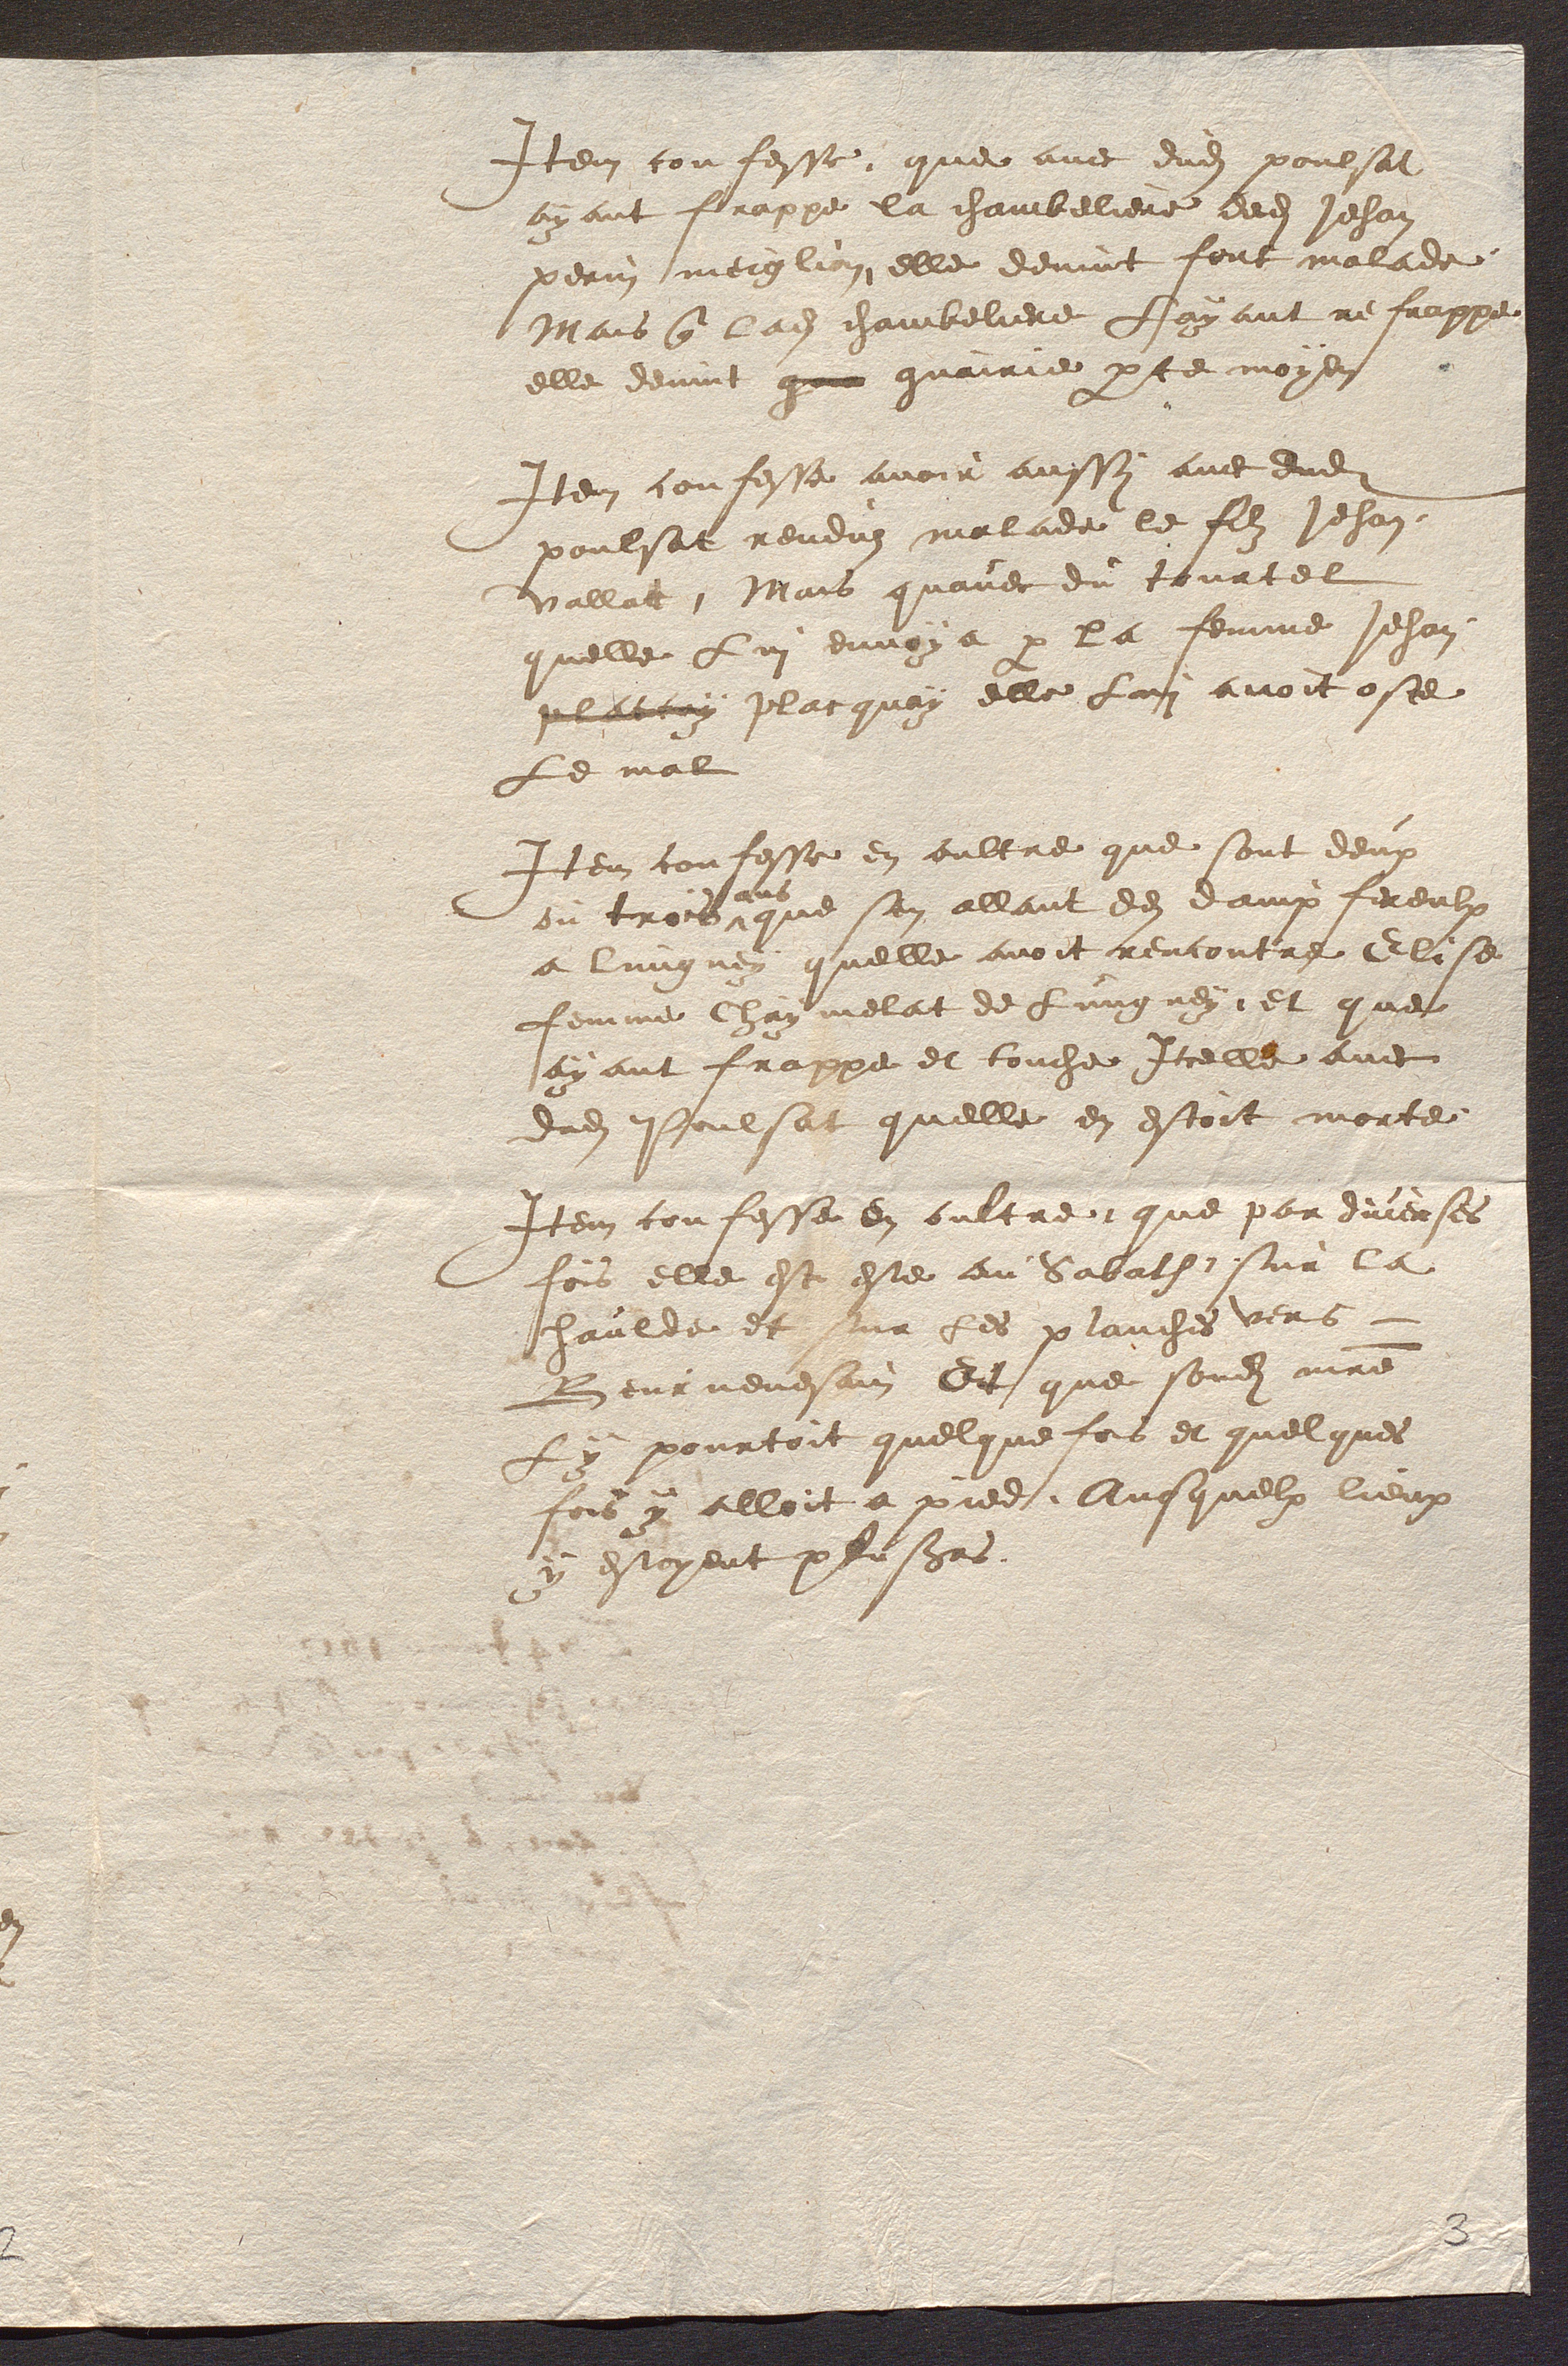
Item confesse, que avec dudit poulsat
ayant frappe la chambeliere dedit Jehan
perin meiglion elle devint feut malade
Mais que ladite chambeliere Payant ne frappe
elle devint qu guairie par ce moyen
Item confesse avoir aussy avec dudit
poulsat renduz malade le filz Jehan
vallat. Mais quavec du tourtel
quelle Lui envoya par la femme Jehan
placcuy placquoy elle Luui avoit oste
Le mal
Item confesse en oultre que sont deux
ou trois
ans
que sen allant des damp fereulx
a lungney quelle avoit rencontre Elise
femme Chaymelat de Lungney, et que
ayant frappe et touche Icelle avec
dudit Poulsat quelle en estoit morte
Item confesse en oultre que par diverses
fois elle est este au Sabath sur la
haulde et sur Les planches vers
Beurnevesain Dit que sondit maitre
Ly pourtoit quelque fois et quelques
fois y alloit a pied Ausquelx lieux
y estoyent peusieurs